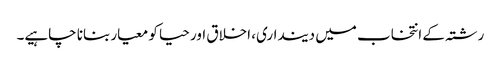
رشتہ کے انتخاب میں دینداری، اخلاق اور حیا کو معیار بنانا چاہیے۔